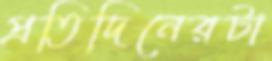
প্রতিদিনেরটা